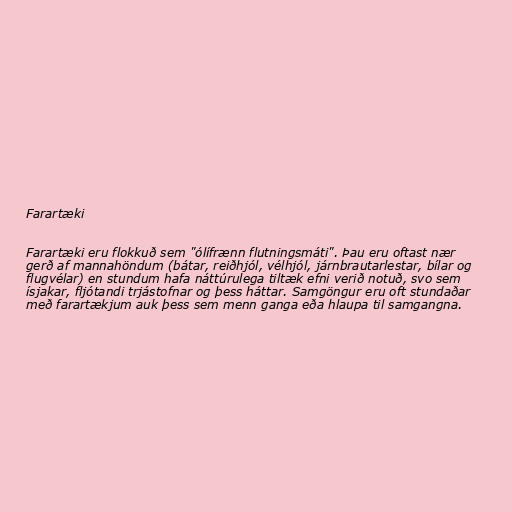
Farartæki

Farartæki eru flokkuð sem "ólífrænn flutningsmáti". Þau eru oftast nær
gerð af mannahöndum (bátar, reiðhjól, vélhjól, járnbrautarlestar, bílar og
flugvélar) en stundum hafa náttúrulega tiltæk efni verið notuð, svo sem
ísjakar, fljótandi trjástofnar og þess háttar. Samgöngur eru oft stundaðar
með farartækjum auk þess sem menn ganga eða hlaupa til samgangna.